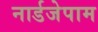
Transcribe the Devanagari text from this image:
नार्डजेपाम